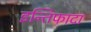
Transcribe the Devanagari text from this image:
इन्तिफादा